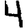
Digit: 4